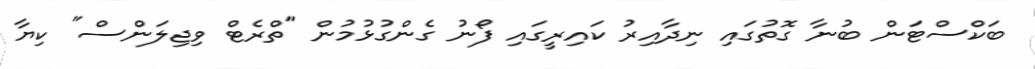
ބަކްސްޓަން ބުނާ ގޮތުގައި ނިދާއިރު ކައިރީގައި ފޯނު ގެންގުޅުމުން "ތްރެޓް ވިޖިލަންސް" ކިޔާ